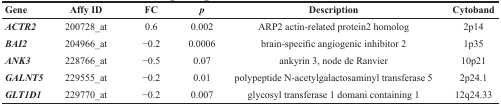
<table><thead><tr><td><b>Gene</b></td><td><b>Affy ID</b></td><td><b>FC</b></td><td><b><i>p</i></b></td><td><b>Description</b></td><td><b>Cytoband</b></td></tr></thead><tbody><tr><td><b><i>ACTR2</i></b></td><td>200728_at</td><td>0.6</td><td>0.002</td><td>ARP2 actin-related protein2 homolog</td><td>2p14</td></tr><tr><td><b><i>BAI2</i></b></td><td>204966_at</td><td>−0.2</td><td>0.0006</td><td>brain-specific angiogenic inhibitor 2</td><td>1p35</td></tr><tr><td><b><i>ANK3</i></b></td><td>228766_at</td><td>−0.5</td><td>0.07</td><td>ankyrin 3, node de Ranvier</td><td>10p21</td></tr><tr><td><b><i>GALNT5</i></b></td><td>229555_at</td><td>−0.2</td><td>0.01</td><td>polypeptide N-acetylgalactosaminyl transferase 5</td><td>2p24.1</td></tr><tr><td><b><i>GLT1D1</i></b></td><td>229770_at</td><td>−0.2</td><td>0.007</td><td>glycosyl transferase 1 domani containing 1</td><td>12q24.33</td></tr></tbody></table>